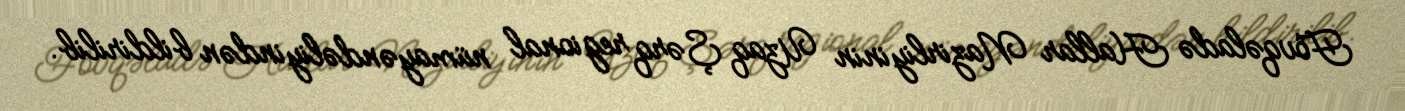
Fövqəladə Hallar Nazirliyinin Uzaq Şərq regional nümayəndəliyindən bildirilib.